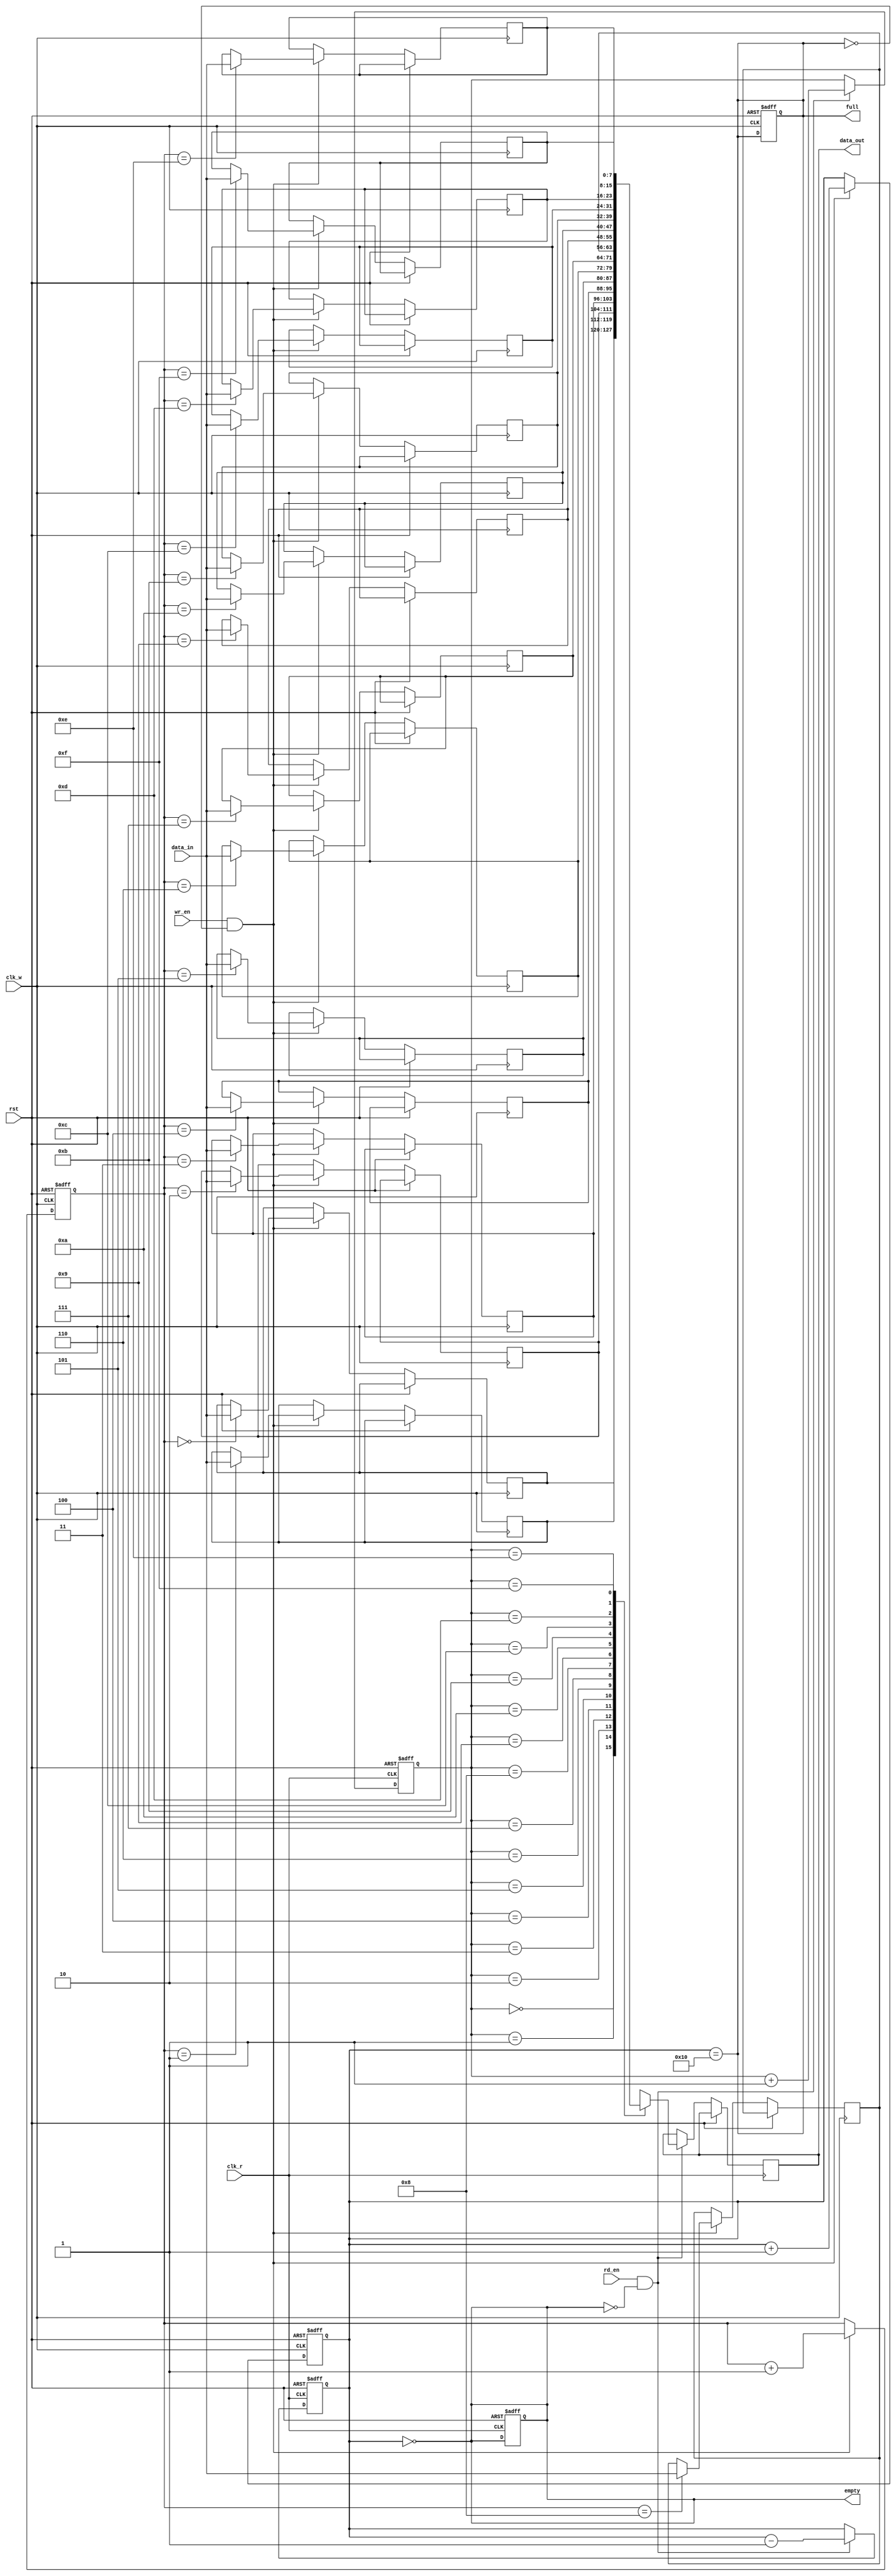
module fifo_sram #(
    parameter DEPTH = 16, // Number of entries in the FIFO
    parameter WIDTH = 8    // Width of each entry in bits
) (
    input wire clk_w,           // Write clock
    input wire clk_r,           // Read clock
    input wire rst,             // Reset signal
    input wire wr_en,           // Write enable
    input wire rd_en,           // Read enable
    input wire [WIDTH-1:0] data_in, // Data input
    output reg [WIDTH-1:0] data_out, // Data output
    output reg full,            // Full flag
    output reg empty            // Empty flag
);

    // Memory array
    reg [WIDTH-1:0] fifo_mem [0:DEPTH-1];
    
    // Pointers for read and write operations
    reg [$clog2(DEPTH)-1:0] wr_ptr;
    reg [$clog2(DEPTH)-1:0] rd_ptr;
    reg [$clog2(DEPTH):0] count; // Count of stored items

    // Reset and initialization
    always @(posedge clk_w or posedge rst) begin
        if (rst) begin
            wr_ptr <= 0;
            count <= 0;
            full <= 0;
        end else if (wr_en && !full) begin
            fifo_mem[wr_ptr] <= data_in; // Write data
            wr_ptr <= wr_ptr + 1; // Increment write pointer
            count <= count + 1; // Increment count
        end
    end

    always @(posedge clk_r or posedge rst) begin
        if (rst) begin
            rd_ptr <= 0;
            count <= 0;
            empty <= 1;
        end else if (rd_en && !empty) begin
            data_out <= fifo_mem[rd_ptr]; // Read data
            rd_ptr <= rd_ptr + 1; // Increment read pointer
            count <= count - 1; // Decrement count
        end
    end

    // Update full and empty flags
    always @* begin
        full = (count == DEPTH);
        empty = (count == 0);
    end

endmodule